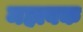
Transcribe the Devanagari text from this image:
महाबक